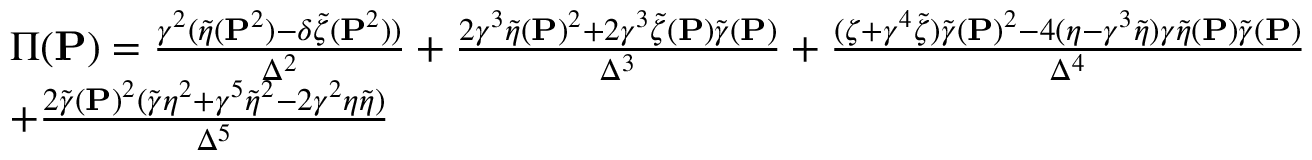
\begin{array} { r l } & { \Pi ( { \mathbf { P } } ) = \frac { \gamma ^ { 2 } ( \widetilde { \eta } ( { \mathbf { P } } ^ { 2 } ) - \delta \widetilde { \zeta } ( { \mathbf { P } } ^ { 2 } ) ) } { \Delta ^ { 2 } } + \frac { 2 \gamma ^ { 3 } \widetilde { \eta } ( { \mathbf { P } } ) ^ { 2 } + 2 \gamma ^ { 3 } \widetilde { \zeta } ( { \mathbf { P } } ) \widetilde { \gamma } ( { \mathbf { P } } ) } { \Delta ^ { 3 } } + \frac { ( \zeta + \gamma ^ { 4 } \widetilde { \zeta } ) \widetilde { \gamma } ( { \mathbf { P } } ) ^ { 2 } - 4 ( \eta - \gamma ^ { 3 } \widetilde { \eta } ) \gamma \widetilde { \eta } ( { \mathbf { P } } ) \widetilde { \gamma } ( { \mathbf { P } } ) } { \Delta ^ { 4 } } } \\ & { + \frac { 2 \widetilde { \gamma } ( { \mathbf { P } } ) ^ { 2 } ( \widetilde { \gamma } \eta ^ { 2 } + \gamma ^ { 5 } \widetilde { \eta } ^ { 2 } - 2 \gamma ^ { 2 } \eta \widetilde { \eta } ) } { \Delta ^ { 5 } } } \end{array}